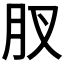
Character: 肞